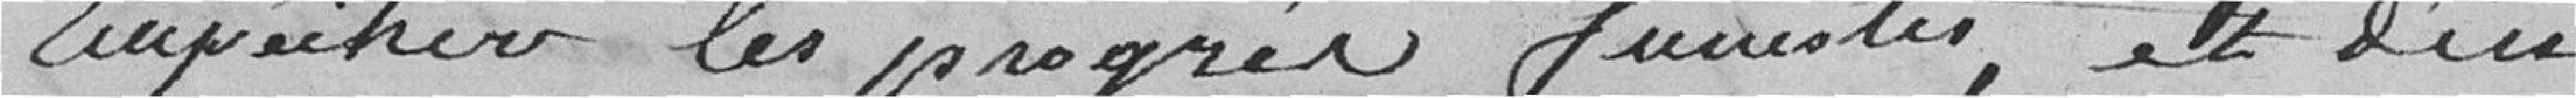
empêcher les progrès funestes, et d'en